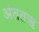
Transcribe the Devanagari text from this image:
अंततऋ